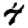
Digit: 4